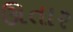
ઊતાર